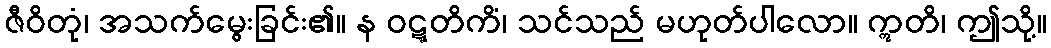
ဇီဝိတုံ၊ အသက်မွေးခြင်း၏။ န ဝဋ္ဋတိကိံ၊ သင်သည် မဟုတ်ပါလော။ ဣတိ၊ ဤသို့။